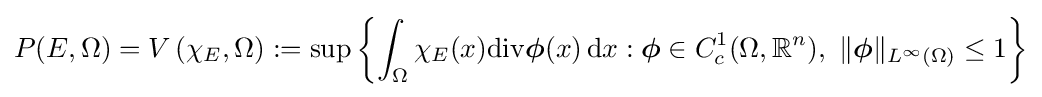
P(E,\Omega )=V\left(\chi _{E},\Omega \right):=\sup \left\{\int _{\Omega }\chi _{E}(x)\mathrm {div} {\boldsymbol {\phi }}(x)\,\mathrm {d} x:{\boldsymbol {\phi }}\in C_{c}^{1}(\Omega ,\mathbb {R} ^{n}),\ \|{\boldsymbol {\phi }}\|_{L^{\infty }(\Omega )}\leq 1\right\}